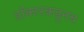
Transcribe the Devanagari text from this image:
डॉक्टरकडूनच